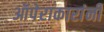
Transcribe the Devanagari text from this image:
ऑपेराकारांनी